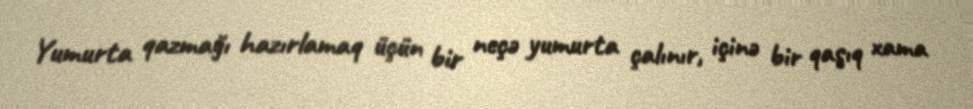
Yumurta qazmağı hazırlamaq üçün bir neçə yumurta çalınır, içinə bir qaşıq xama